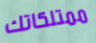
ممتلكاتك